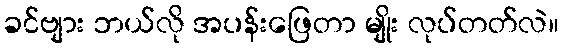
ခင်ဗျား ဘယ်လို အပန်းဖြေတာ မျိုး လုပ်တတ်လဲ။